Insane asylums in Bengal annual reports 1867-1875 - 1867-1875
Year: 1867
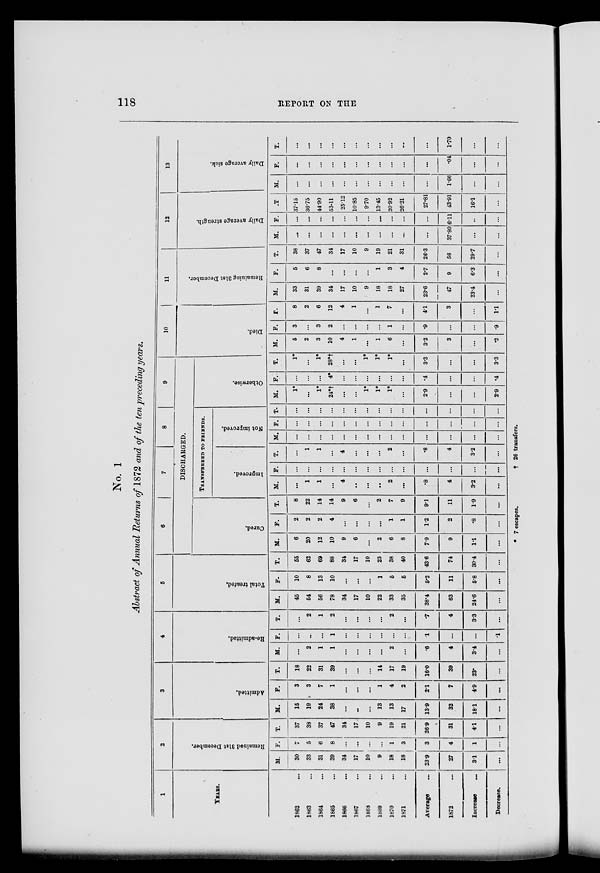
118
REPORT ON THE
No. 1
Abstract of Annual Returns of 1872 and of the ten preceding years.
1
YEARS.
1862 ...
1863 ...
1864 ...
1865 ...
1866
...
1867 ...
1868 ...
1869 ...
1870 ...
1871 ...
Average ...
1872 ...
Increase
...
Decrease.
2
Remained
31st December.
M.
30
33
31
39
34
17
10
9
18
18
23.9
27
31
...
F.
7
5
6
8
...
...
...
...
1
3
3
4
1
...
T.
37
38
37
47
34
17
10
9
19
21
26.9
31
4.1
...
3
Admitted.
M.
15
19
24
38
...
...
...
13
13
17
13.9
32
18.1
...
F.
3
3
7
1
...
...
...
1
4
2
2.1
7
4.9
...
T.
18
22
31
39
...
...
...
14
17
19
16.0
39
23.
...
4
Re-admitted.
M.
...
2
1
1
...
...
...
...
2
...
.6
4
3.4
...
F.
...
...
...
1
...
...
...
...
...
...
1
...
...
.1
T.
...
2
1
2
...
...
...
...
2
...
.7
4
3.3
...
5
Total treated.
M.
45
54
56
78
34
17
10
22
33
35
38.4
63
24.6
...
F.
10
8
13
10
...
...
...
1
5
5
5.2
11
5.8
...
T.
55
62
69
88
34
17
10
23
38
40
43.6
74
30.4
...
6
7
8
9
DISCHARGED.
Cured.
M.
6
20
12
10
9
6
...
2
6
8
7.9
9
1.1
...
F.
2
2
2
4
...
...
...
...
1
1
1.2
2
.8
...
T.
8
22
14
14
9
6
...
2
7
9
9.1
11
1.9
...
TRANSFERRED TO FRIENDS.
Improved.
M.
...
1
1
...
4
...
2
...
.8
4
3.2
...
F.
...
...
...
...
...
...
...
...
...
...
...
...
...
...
T.
...
1
1
...
4
...
...
...
2
...
.8
4
3.2
...
Not improved.
M.
...
...
...
...
...
...
...
...
...
...
...
...
...
...
F.
...
...
...
...
...
...
...
...
...
...
...
...
...
...
T.
...
...
...
...
...
...
...
...
...
...
...
...
...
...
M.
1*
...
1*
24*†
...
...
1*
1*
1*
...
2.9
...
...
2.9
F.
...
...
...
4*
...
...
...
...
...
...
4
...
...
4
T.
1*
...
1*
28*†
...
...
1*
1*
1*
...
3.3
...
...
3.3
10
Died.
M.
5
2
3
10
4
1
...
1
6
...
3.2
3
...
.2
F.
3
...
3
2
...
...
...
...
1
...
.9
...
...
.9
T.
8
2
6
12
4
1
...
1
7
...
4.1
3
...
1.1
11
Remaining 31st December.
M.
33
31
39
34
17
10
9
18
18
27
23.6
47
23.4
...
F.
5
6
8
...
...
...
...
1
3
4
2.7
9
6.3
...
T.
38
37
47
34
17
10
9
19
21
31
26.3
56
29.7
...
12
Daily average strength.
M.
...
...
...
...
...
...
...
...
...
...
...
37.80
...
...
F.
...
...
...
...
...
...
...
...
...
...
...
6.11
...
...
T.
37.15
36.75
44.90
53.11
25.12
10.85
9.70
13.45
20.92
26.21
27.81
43.91
16.1
...
13
Daily average sick.
M.
...
...
...
...
...
...
...
...
...
...
...
1.66
...
...
F.
...
...
...
...
...
...
...
...
...
...
...
.04
...
...
T.
...
...
...
...
...
...
...
...
...
...
...
1.70
...
...
* 7 escapes.
†
26 transfers.